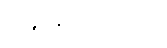
အနှစ်ချုပ်ဆိုရသော်